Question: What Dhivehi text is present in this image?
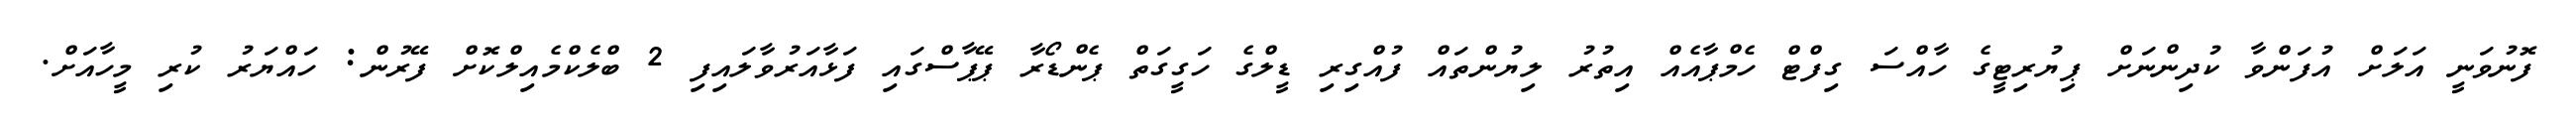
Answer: ފޮނުވަނީ އަލަށް އުފަންވާ ކުދިންނަށް ޕިޔުރިޓީގެ ހާއްސަ ގިފްޓް ހެމްޕާއެއް އިތުރު ލިޔުންތައް ފުއްގިރި ޑީލްގެ ހަގީގަތް ޕެންޑޯރާ ޕޭޕާސްގައި ފަޅާއަރުވާލައިފި 2 ބްލެކްމެއިލްކޮށް ފޭރުން: ހައްޔަރު ކުރި މީހާއަށް.